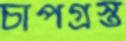
চাপগ্রস্ত